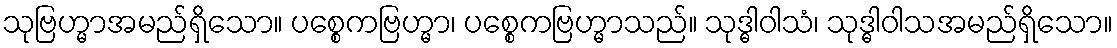
သုဗြဟ္မာအမည်ရှိသော။ ပစ္စေကဗြဟ္မာ၊ ပစ္စေကဗြဟ္မာသည်။ သုဒ္ဓါဝါသံ၊ သုဒ္ဓါဝါသအမည်ရှိသော။